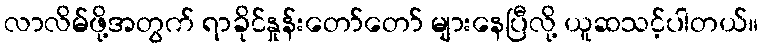
လာလိမ်ဖို့အတွက် ရာခိုင်နှုန်းတော်တော် များနေပြီလို့ ယူဆသင့်ပါတယ်။